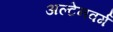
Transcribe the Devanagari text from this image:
अल्टेनवर्ग